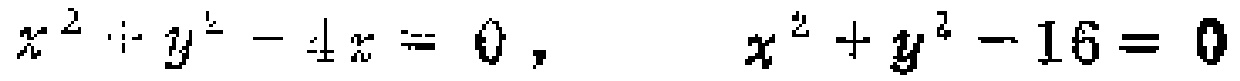
$x^{2}+y^{2}-4x = 0, \quad x^{2}+y^{2}-16 = 0$